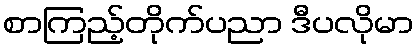
စာကြည့်တိုက်ပညာ ဒီပလိုမာ